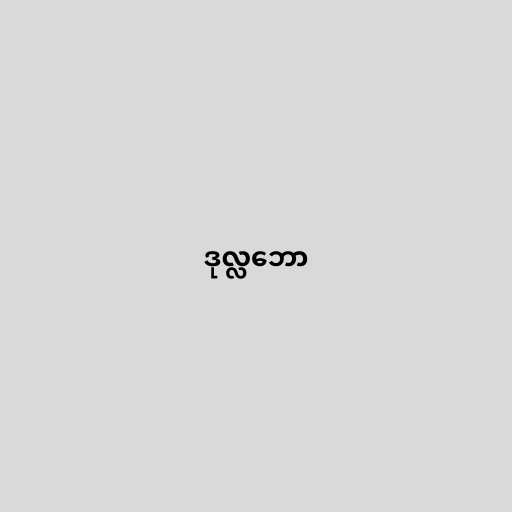
ဒုလ္လဘော